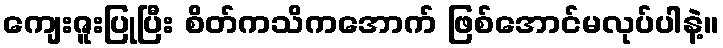
ကျေးဇူးပြုပြီး စိတ်ကသိကအောက် ဖြစ်အောင်မလုပ်ပါနဲ့။